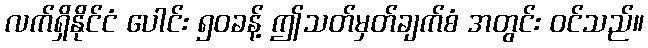
လက်ရှိနိုင်ငံ ပေါင်း ၅၀ခန့် ဤသတ်မှတ်ချက်စံ အတွင်း ဝင်သည်။